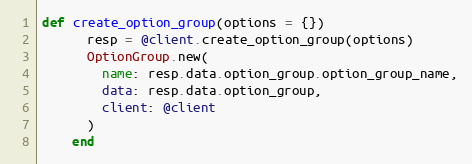
Language: Ruby
def create_option_group(options = {})
      resp = @client.create_option_group(options)
      OptionGroup.new(
        name: resp.data.option_group.option_group_name,
        data: resp.data.option_group,
        client: @client
      )
    end